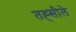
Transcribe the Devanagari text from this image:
तह्सीले